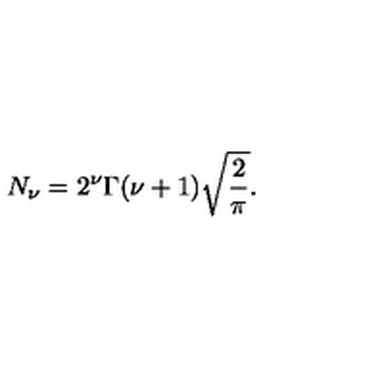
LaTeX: N _ { \nu } = 2 ^ { \nu } \Gamma ( \nu + 1 ) \sqrt { \frac { 2 } { \pi } } .